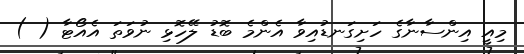
މިއީ އިންސާނާގެ ހަށިގަނޑުއިވާ އެންމެ ބޮޑު ލޭހޮޅި ނުވަތަ އެއޯޓާ ( )